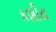
કશીય